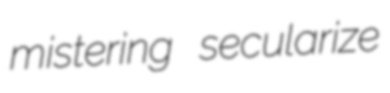
mistering secularize